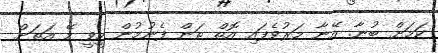
ކަމަށް ބުނާ. އޭނާ މަރުވެފައި އޮތް ތަން ފެނުމުން ހީވީ މޭ އަތަށް